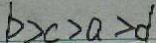
b > c > a > d